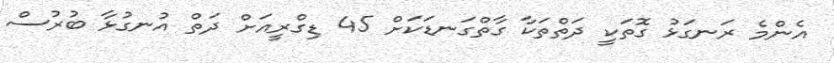
އެންމެ ރަނގަޅު ގޮތަކީ ދަތްތަކާ ގާތްގަނޑަކަށް 45 ޑިގްރީއަށް ދަތް އުނގުޅާ ބުރުސް